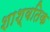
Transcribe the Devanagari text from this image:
शाश्वतिक